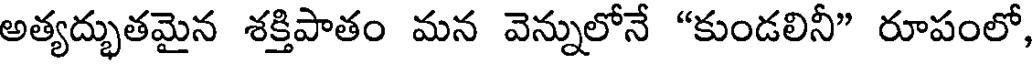
అత్యద్భుతమైన శక్తిపాతం మన వెన్నులోనే "కుండలినీ" రూపంలో,